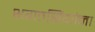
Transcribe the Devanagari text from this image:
भगतसिंगांना